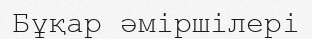
Бұқар әміршілері